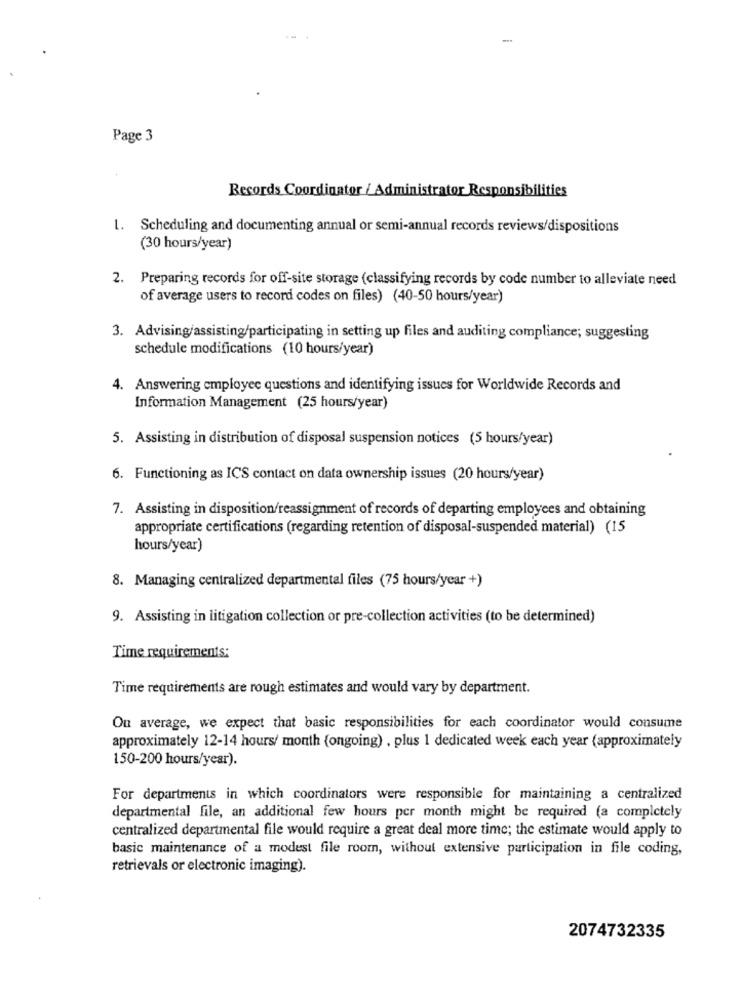
Page 3
Records Coordinator / Administrator Responsibilities
1. Scheduling and documenting annual or semi-annual records reviews/dispositions
(30 hours/year)
2. Preparing records for off-site storage (classifying records by code number to alleviate need
of average users to record codes on files) (40-50 hours/year)
3. Advising/assisting/participating in setting up files and auditing compliance; suggesting
schedule modifications (10 hours/year)
4. Answering employee questions and identifying issues for Worldwide Records and
Information Management (25 hours/year)
5. Assisting in distribution of disposal suspension notices (5 hours/year)
6. Functioning as ICS contact on data ownership issues (20 hours/year)
7. Assisting in disposition/reassignment of records of departing employees and obtaining
appropriate certifications (regarding retention of disposal-suspended material) (15
hours/year)
8. Managing centralized departmental files (75 hours/year +)
9. Assisting in litigation collection or pre-collection activities (to be determined)
Time requirements:
Time requirements are rough estimates and would vary by department.
Ou average, we expect that basic responsibilities for each coordinator would consume
approximately 12-14 hours/ month (ongoing) , plus 1 dedicated week each year (approximately
150-200 hours/year).
For departments in which coordinators were responsible for maintaining a centralized
departmental file, an additional few hours per month might be required (a completely
centralized departmental file would require a great deal more time; the estimate would apply to
basic maintenance of a modest file room, without extensive participation in file coding,
retrievals or electronic imaging).
2074732335